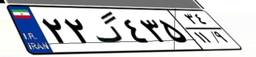
۲۲گ۴۳۵۳۴